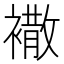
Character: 𧝠